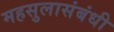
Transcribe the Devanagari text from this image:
महसुलासंबंधी